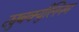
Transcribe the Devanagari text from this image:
ट्युबर्क्युलिनम